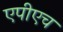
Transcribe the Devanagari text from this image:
एपीएच